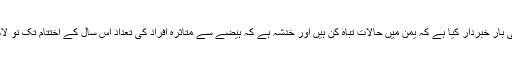
آئی سی آر سی نے کئی بار خبردار کیا ہے کہ یمن میں حالات تباہ کن ہیں اور خدشہ ہے کہ ہیضے سے متاثرہ افراد کی تعداد اس سال کے اختتام تک نو لاکھ تک پہنچ سکتی ہے